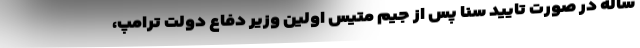
ساله در صورت تایید سنا پس از جیم متیس اولین وزیر دفاع دولت ترامپ،